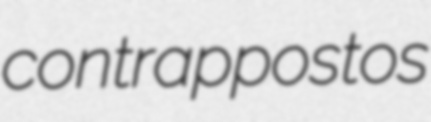
contrappostos